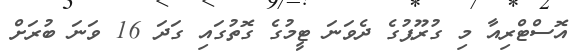
އޮސްޓްރިއާ މި ގުރޫޕުގެ ދެވަނަ ޓީމުގެ ގޮތުގައި ގަދަ 16 ވަނަ ބުރަށް